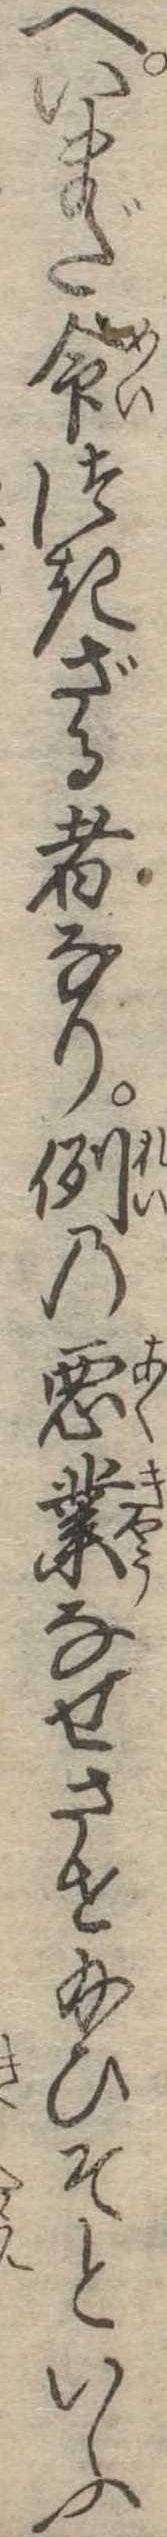
へいまだ命つきざる者なり例の悪業なせさせ給ひそといふ